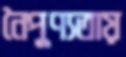
নৈপুণ্যতায়